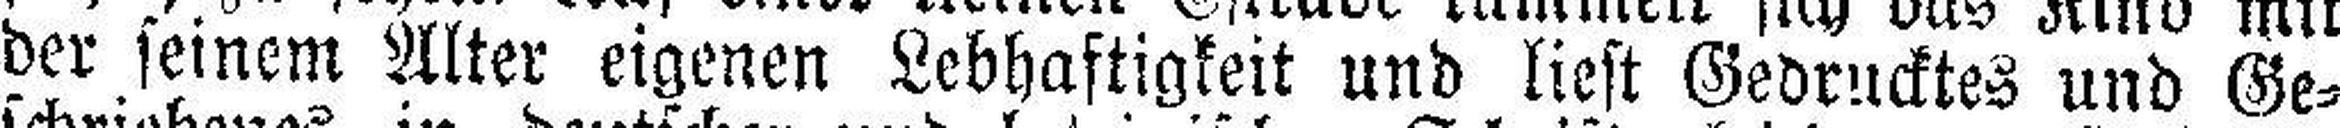
der seinem Alter eigenen Lebhaftigkeit und liest Gedrucktes und Ge¬